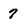
Character: 7